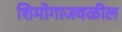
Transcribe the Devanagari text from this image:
शिमोगाजवळील